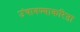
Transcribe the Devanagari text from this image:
उंचावण्याकरिता